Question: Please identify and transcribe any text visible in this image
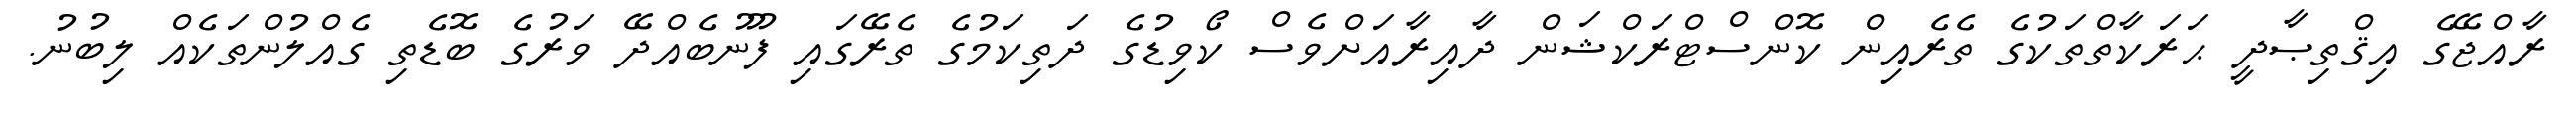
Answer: ރާއްޖޭގެ އިޤްތިޞާދީ ޙަރަކާތްތަކުގެ ތެރެއިން ކޮންސްޓްރަކްޝަން ދާއިރާއަށްވެސް ކޯވިޑުގެ ދަތިކަމުގެ ތެރޭގައި ފޫނުބެއްދޭ ވަރުގެ ބޮޑެތި ގެއްލުންތަކެއް ލިބުނު.